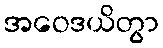
အဝေဒယိတွာ